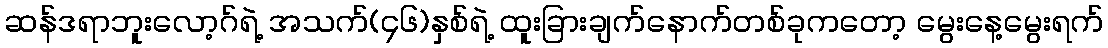
ဆန်ဒရာဘူးလော့ဂ်ရဲ့ အသက်(၄၆)နှစ်ရဲ့ ထူးခြားချက်နောက်တစ်ခုကတော့ မွေးနေ့မွေးရက်